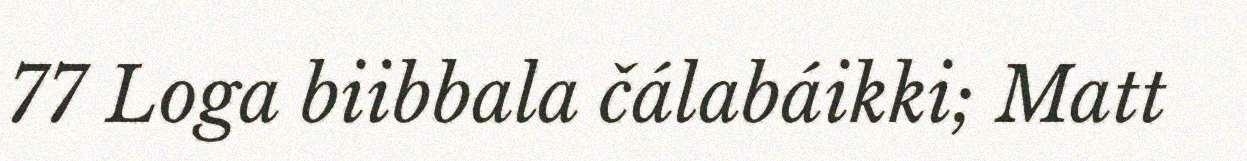
77 Loga biibbala čálabáikki; Matt